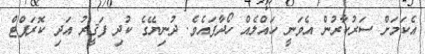
އެކަމަށް ސަރުކާރުން އެވަނީ ހައްލެއް ހޯދާފައެވެ. ދުނިޔޭގެ ކުދި ފަޤީރު އަދި ކޮރަޕްޓް